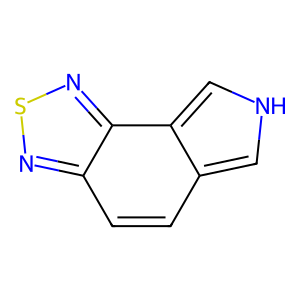
SMILES: c1cc2nsnc2c2c[nH]cc12
Inhibits HIV replication: No